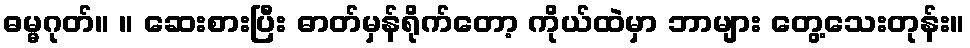
ဓမ္မဂုတ်။ ။ ဆေးစားပြီး ဓာတ်မှန်ရိုက်တော့ ကိုယ်ထဲမှာ ဘာများ တွေ့သေးတုန်း။